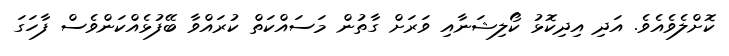
ކޮށްލެވެއެވެ. އަދި އިދިކޮޅު ކޯލިޝަނާއި ވަރަށް ގާތުން މަސައްކަތް ކުރައްވާ ބޭފުޅެއްކަންވެސް ފާހަގަ